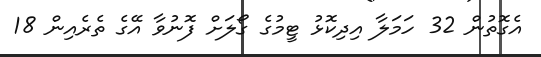
އެގޮތުން 32 ހަމަލާ އިދިކޮޅު ޓީމުގެ ގޯލަށް ފޮނުވާ އޭގެ ތެރެއިން 18